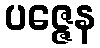
ပဇ္ဇေန